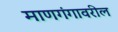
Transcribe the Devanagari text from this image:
माणगंगावरील